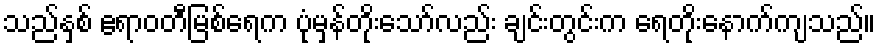
သည်နှစ် ဧရာဝတီမြစ်ရေက ပုံမှန်တိုးသော်လည်း ချင်းတွင်းက ရေတိုးနောက်ကျသည်။